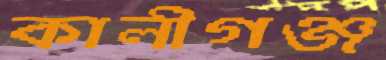
কালীগঞ্জ